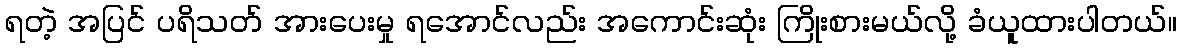
ရတဲ့ အပြင် ပရိသတ် အားပေးမှု ရအောင်လည်း အကောင်းဆုံး ကြိုးစားမယ်လို့ ခံယူထားပါတယ်။